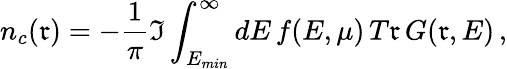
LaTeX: n_{c}(\mathfrak{r})=-\frac{{1}}{{\pi}}\Im\int_{E_{min}}^{\infty}dE\, f(E,\mu)\, T\mathfrak{r}\, G(\mathfrak{r},E)\, ,